Trukikaitis_Postimees, lk 18
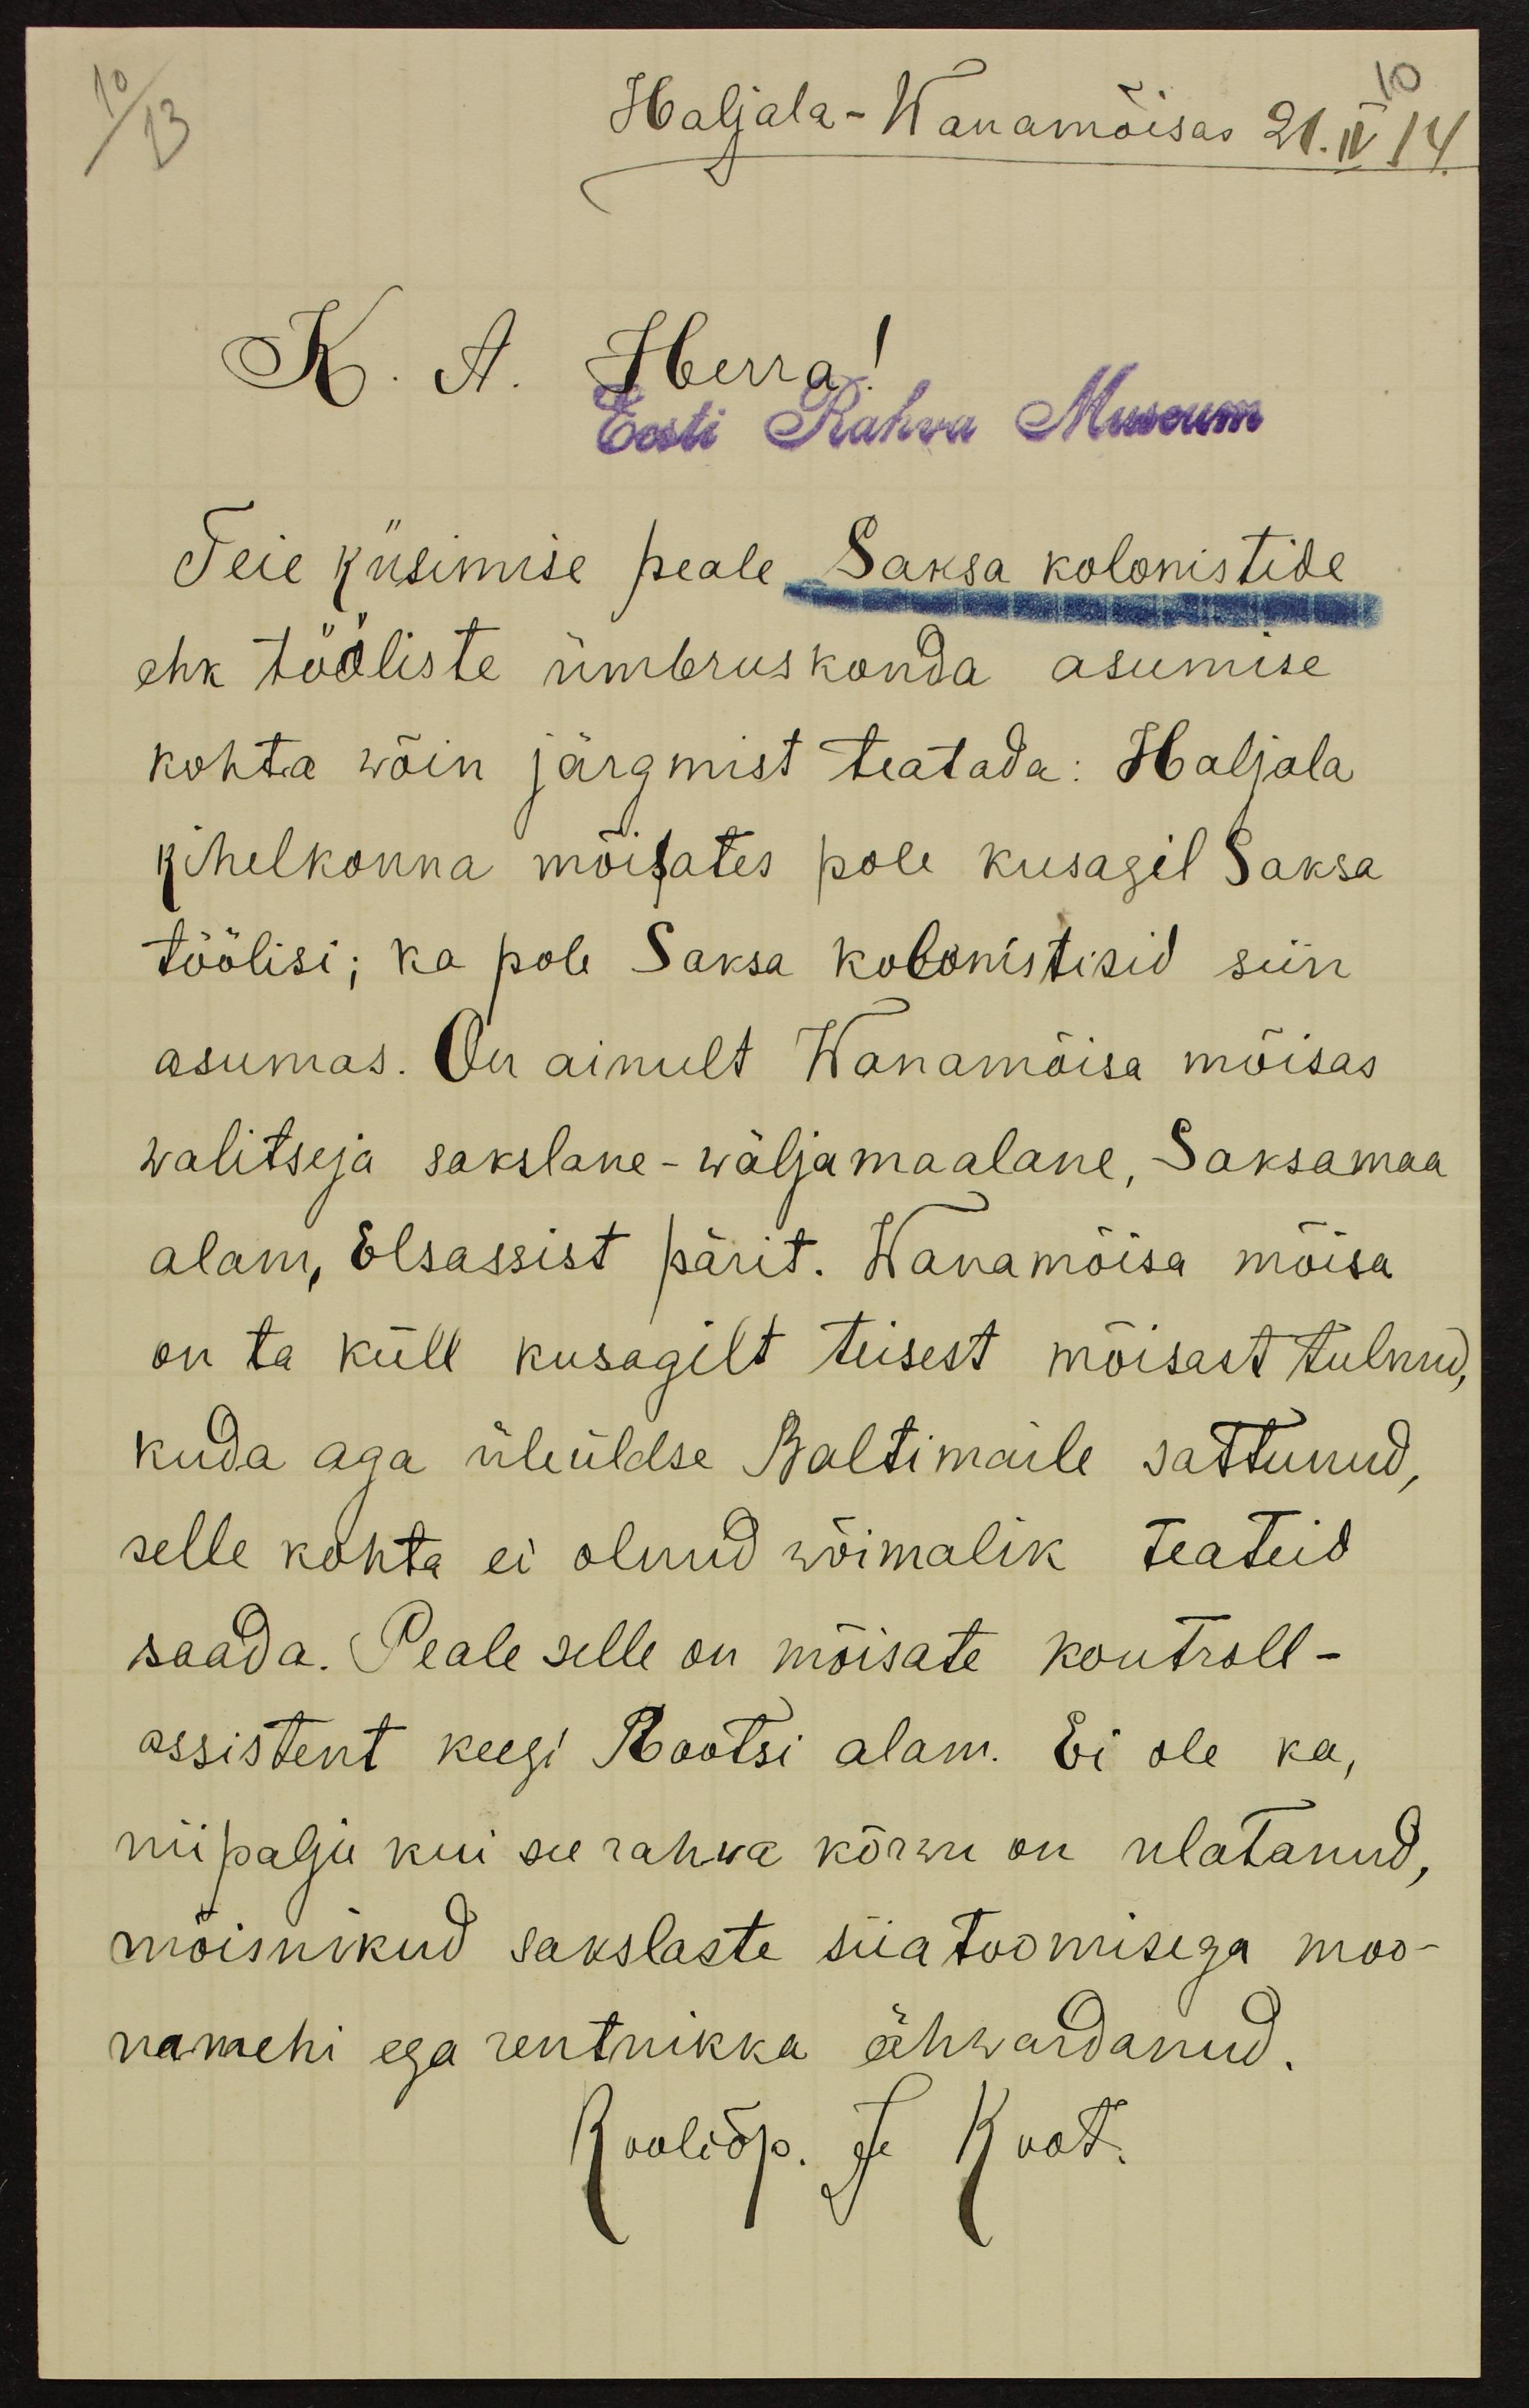
Haljala-Wanamõisas 21. IV 14.
K. A. Herra!
Eest Rahva Museum
Teie küsimise peale Saksa kolonistide
ehk tööliste ümbruskonda asumise
kohta wõin järgmist teatada: Haljala
kihelkonna mõisates pole kusagil Saksa
töölisi; ka pole Saksa kolonistisid siin
asumas. On ainult Wanamõisa mõisas
walitseja sakslane-wäljamaalane, Saksamaa
alam, Elsassist pärit. Wanamõisa mõisa
on ta küll kusagilt teisest mõisast tulnud,
kuda aga üleüldse Baltimaile sattunud,
selle kohta ei olnud wõimalik teateid
saada. Peale selle on mõisate kontroll-
assistent keegi Rootsi alam. Ei ole ka,
niipalju kui see rahwa kõrwu on ulatanud,
mõisnikud sakslaste siia toomisega moo-
namehi ega rentnikka ähwardanud.
Kooliõp. J. Koot.